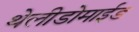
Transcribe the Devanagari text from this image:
थेलीडोमाईड